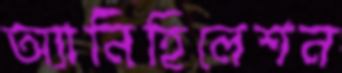
অ্যানিহিলেশন